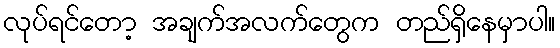
လုပ်ရင်တော့ အချက်အလက်တွေက တည်ရှိနေမှာပါ။